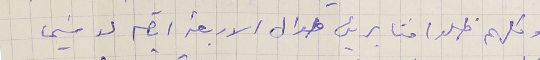
وكلهم ظلو ا مثابرين طوال الاربعة ايام لا سَيما